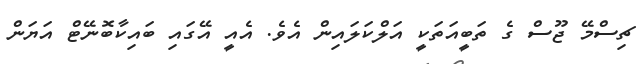
ޗިސްމޭ ޖޫސް ގެ ތަބީއަތަކީ އަލްކަލައިން އެވެ. އެއީ އޭގައި ބައިކާބޮނޭޓް އަޔަން